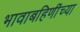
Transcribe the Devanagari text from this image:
भावाबहिणींच्या